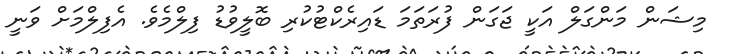
މިޝަން މަންގަލް އަކީ ޖަގަން ފުރަތަމަ ޑައިރެކްޓުކުރި ބޮލީވުޑު ފިލްމެވެ. އެފިލްމަށް ވަނީ